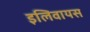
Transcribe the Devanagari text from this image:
इलिवायस